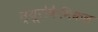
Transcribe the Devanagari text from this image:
न्यूरोकैमिकल